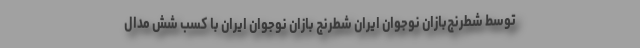
توسط شطرنج‌بازان نوجوان ایران شطرنج بازان نوجوان ایران با کسب شش مدال